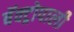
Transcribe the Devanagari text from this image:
बॅक्ट्रोपाली